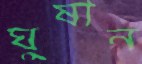
ঘুষান